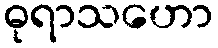
ဓုရာသဟော